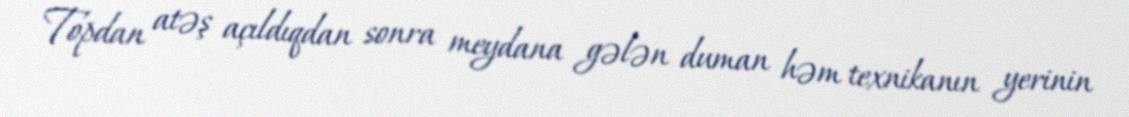
Topdan atəş açıldıqdan sonra meydana gələn duman həm texnikanın yerinin